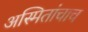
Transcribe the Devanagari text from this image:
अस्मितांचाच